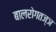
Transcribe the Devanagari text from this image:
बालरोगतज्ञ